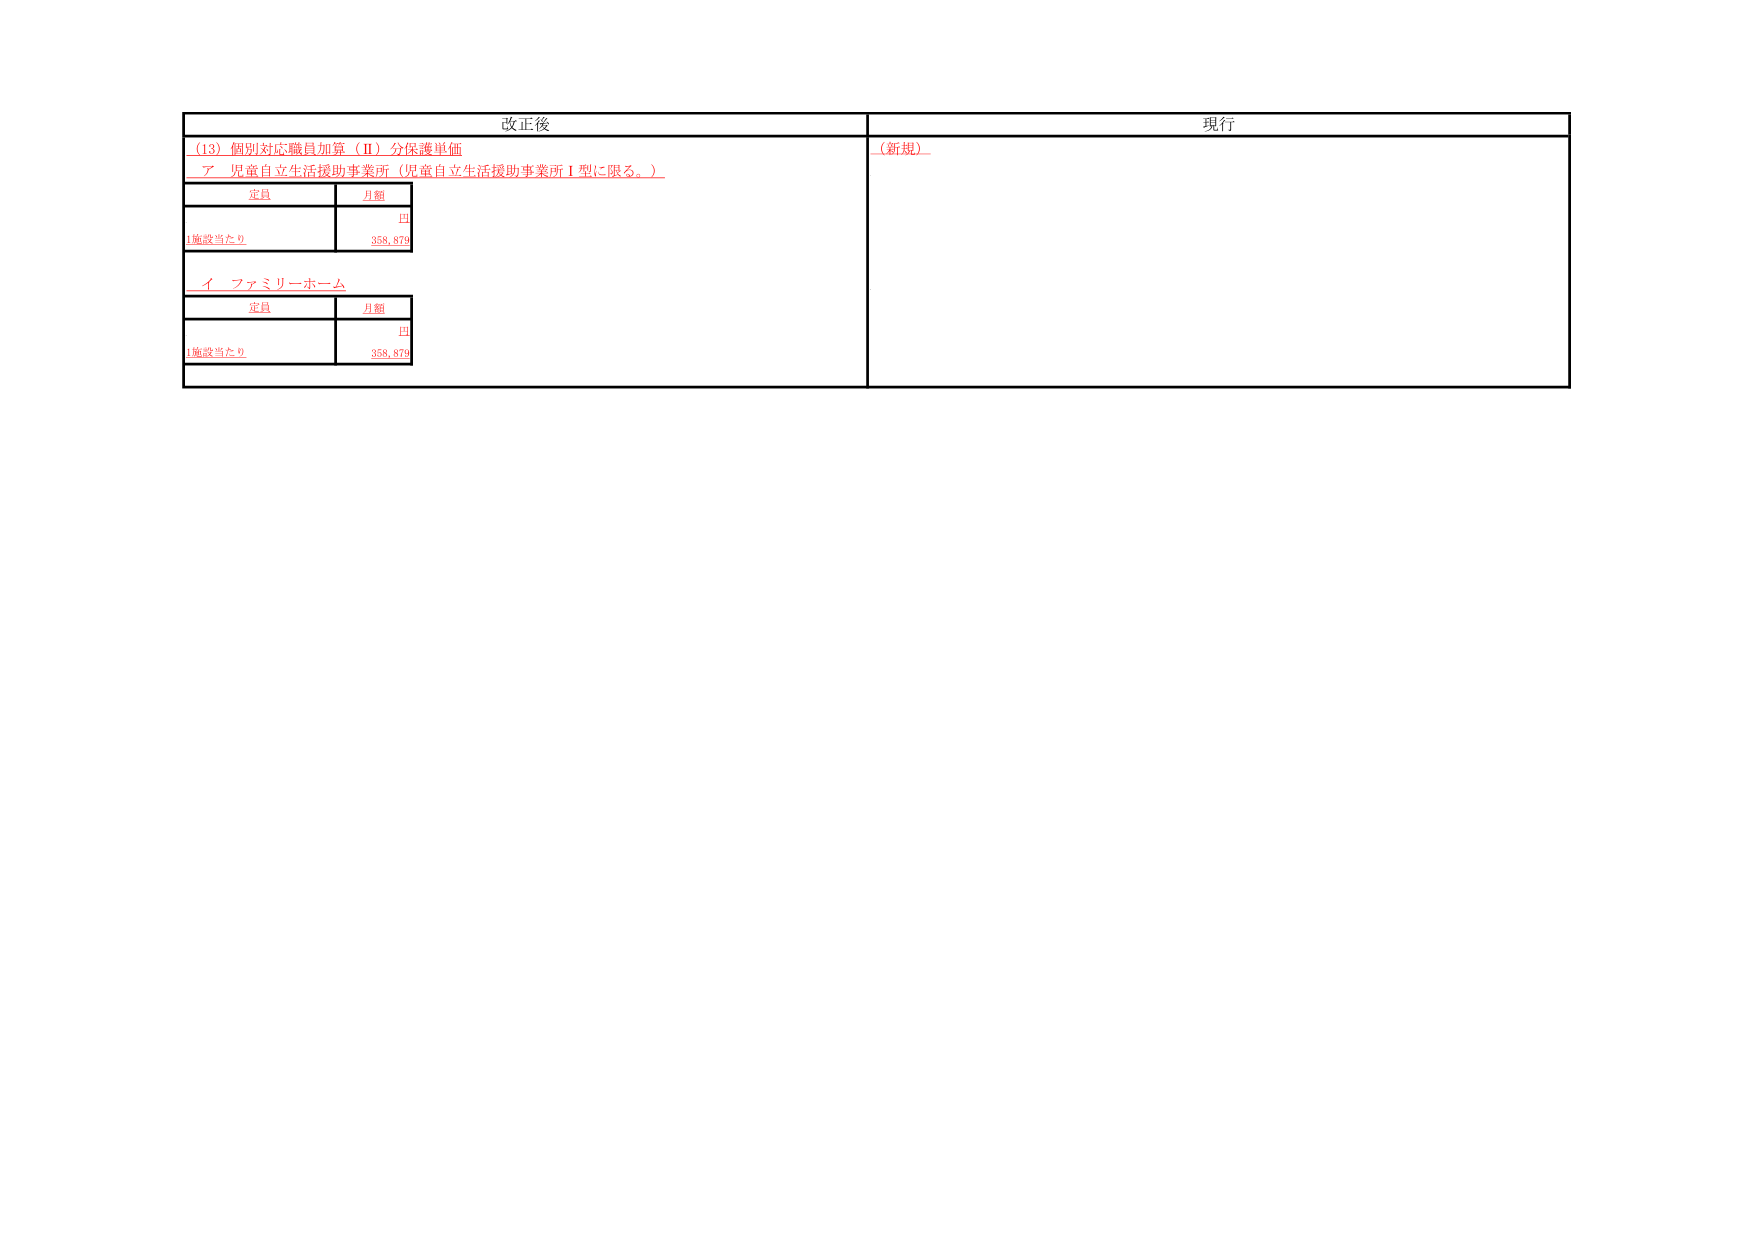
改正後
(13) 個別対応職員加算（Ⅱ）分保護単価
ア 児童自立生活援助事業所（児童自立生活援助事業所Ⅰ型に限る。）
定員
月額
1施設当たり
円
358,879
イ ファミリーホーム
定員
月額
1施設当たり
円
358,879
現行
（新規）